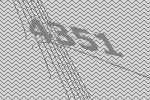
4351